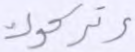
وتركوك